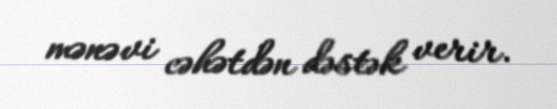
mənəvi cəhətdən dəstək verir.